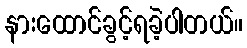
နားထောင်ခွင့်ရခဲ့ပါတယ်။